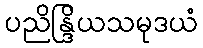
ပညိန္ဒြိယသမုဒယံ